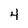
Character: 4